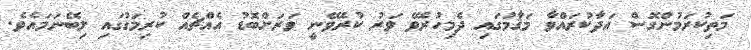
މަތިކުރަމުންގޮސް އަދާކުރައްވާ މަޤާމުގައި ދެމިހުރެވޭ ވަރު ކުރެވޭނީ ވަރަށްބޮޑު އެއްޗެއް ކުރިމަގުގައި ލިބޭނަމައެވެ.